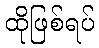
ထိုဖြစ်ရပ်